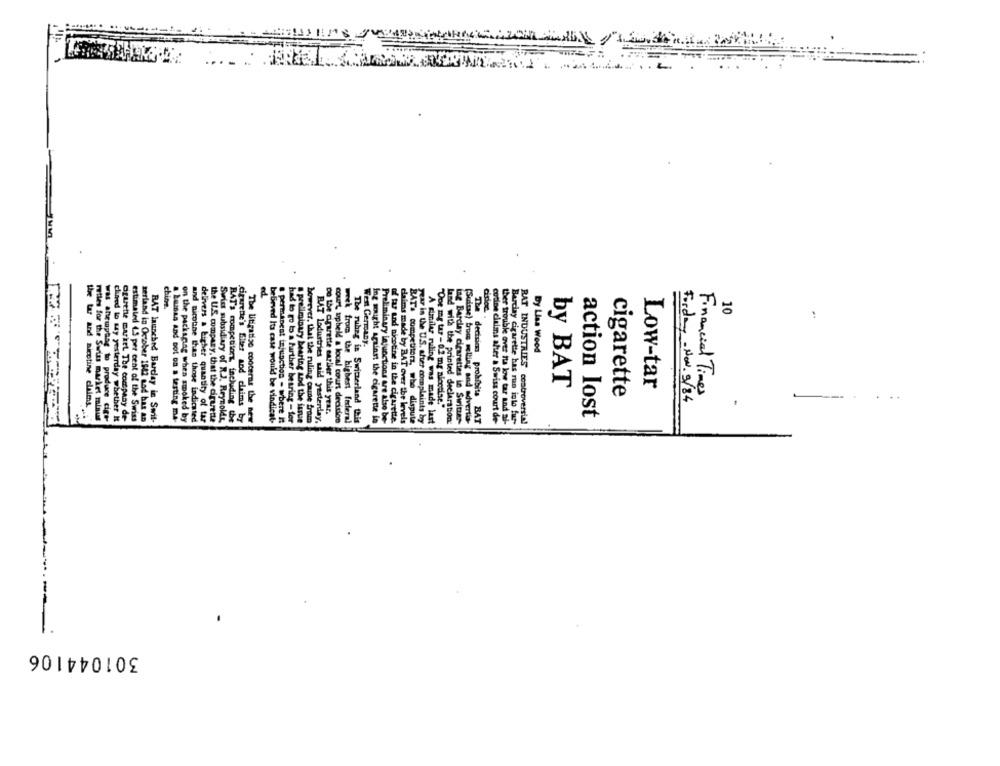
....:
3MM
chine.
cirioe.
10
West Germany.
Dy Lisa Wood
by BAT
Low-tar
cigarette
Forday - Nov. 9/84
Financial Times
the tar and nicotine claims.
Do the cigarette earlier this year.
"One my tar - 0.2 mg nicotine."
rtles for the Swiss market minus
was ahemptag to produce diet
chuved to say yesterday whether It
cigarette mariel The company de
estimated 4.3 per cent of the Swiss
zerland in October 1842 sod has an
RAT launched Barday in Swit-
a bassa and not on a testing ma-
on the packaging when smoked by
and nicotine than those indicated
delivers a higher quantity of tar
the U.S. company, that the cigarette
Swid subsidiary of RJ. Reynolds,
RAT's competitors, including the
cigarette's filter and claims by
The litigation cooterns the new
bebeved Ita case would be vindicat-
permanent injunction - where it
had to go to a further bearing - for
a preliminary bearing sod the issue
however, that the ruling came from
RAT Lodustries said yesterday,
court upheld a local court decision
week from the highest federal
The ruhrg in Switzerland this
Ing sought against the cigarette in
Preliminary injunctions are also be-
of tar and nicotine in the cigarette.
claims made by BAT over the levels
BATA competitorz, who dispute
year in the U.S. after complaints by
A similar ruling was made last
land with the printed declaration:
tag Barclay cigarettes in Switzer
(Suisse) troms melting and advertis-
The decision prohibits BAT
corine claims after a Swiss court de
ther trouble over tta low tar and ai-
Barclay cigarette has run into fur-
RAT INDUSTRIES controversia!
action lost
301044106